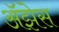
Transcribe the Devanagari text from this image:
अॅझेस